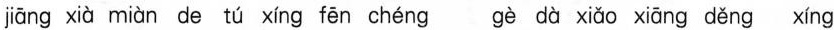
jiāng xià miàn de tú xíng fēn chéng gè dà xiǎo xiāng děng xíng